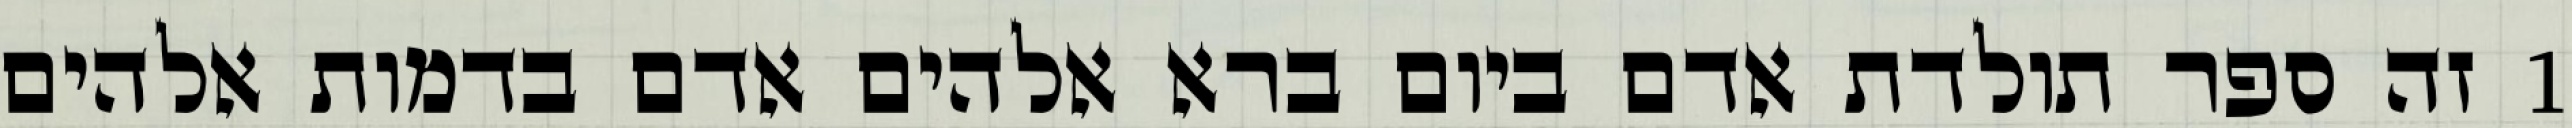
1 זה ספר תולדת אדם ביום ברא אלהים אדם בדמות אלהים